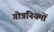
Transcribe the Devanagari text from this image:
गोत्रनियमों